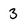
Character: 3